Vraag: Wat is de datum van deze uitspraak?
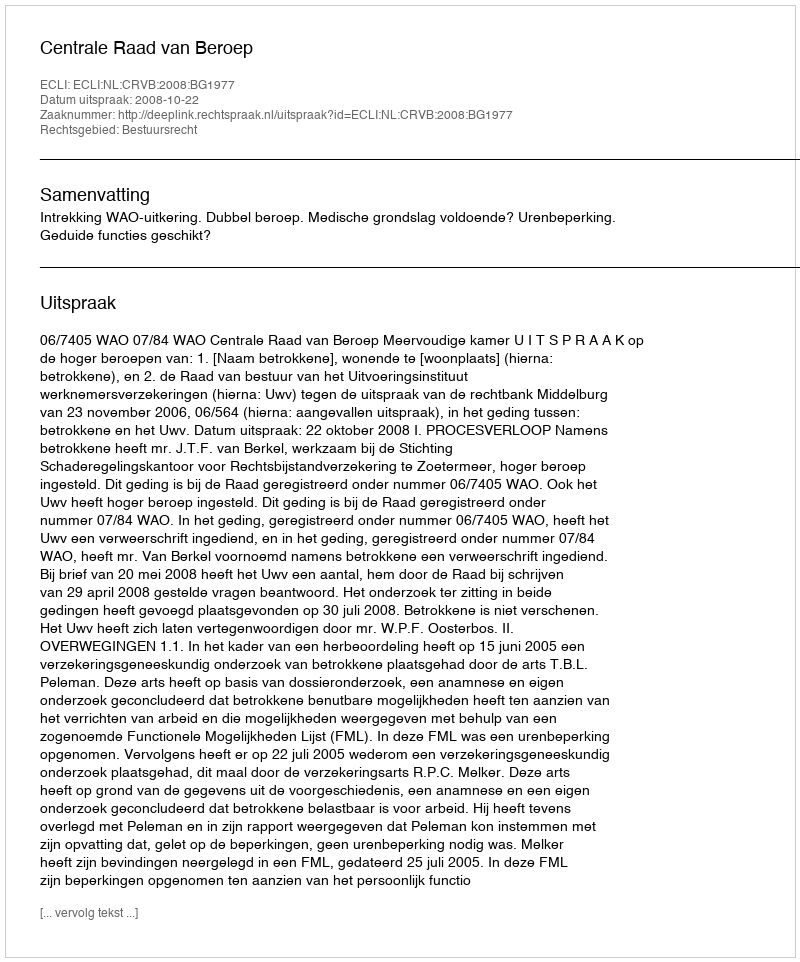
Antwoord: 2008-10-22